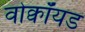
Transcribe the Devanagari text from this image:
वोक्वॉयड